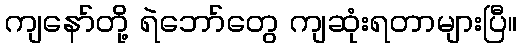
ကျနော်တို့ ရဲဘော်တွေ ကျဆုံးရတာများပြီ။